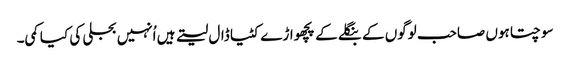
سوچتا ہوں صاحب لوگوں کے بنگلے کے پچھواڑے کٹیا ڈال لیتے ہیں اُنہیں بجلی کی کیا کمی۔